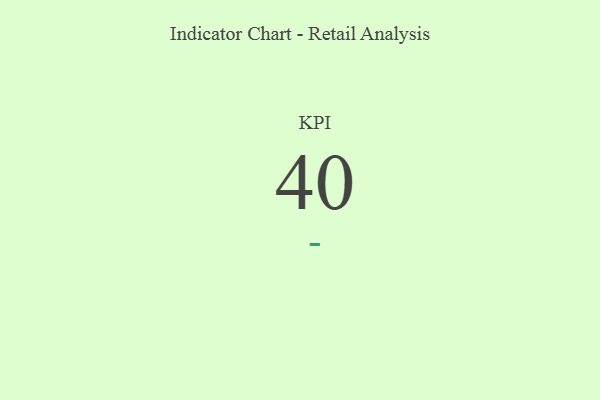
{"axis": {"x": "KPI", "y": "Value"}, "legend": [""], "data": [{"x": "KPI", "y": 40, "type": ""}]}